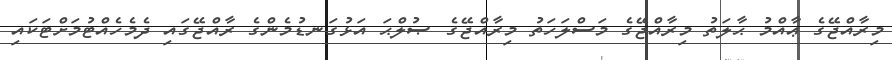
މިރާއްޖޭގެ ޢާއްމު ޙާލަތު މިރާއްޖޭގެ މަސްލަހަތު މިރާއްޖޭގެ ޞުލްޙަ އަޅުގަނޑުމެންގެ ރާއްޖޭގައި ދެމެހެއްޓުމަށްޓަކައި